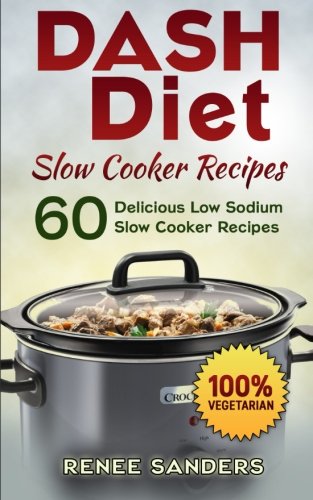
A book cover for DASH Diet Slow Cooker Recipes: 60 Delicious Low Sodium Slow Cooker Recipes (DASH Diet Cookbooks) (Volume 3); Renee Sanders; Cookbooks, Food & Wine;